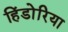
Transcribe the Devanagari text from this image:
हिंडोरिया